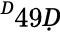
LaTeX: ^Ḋ49Ḍ